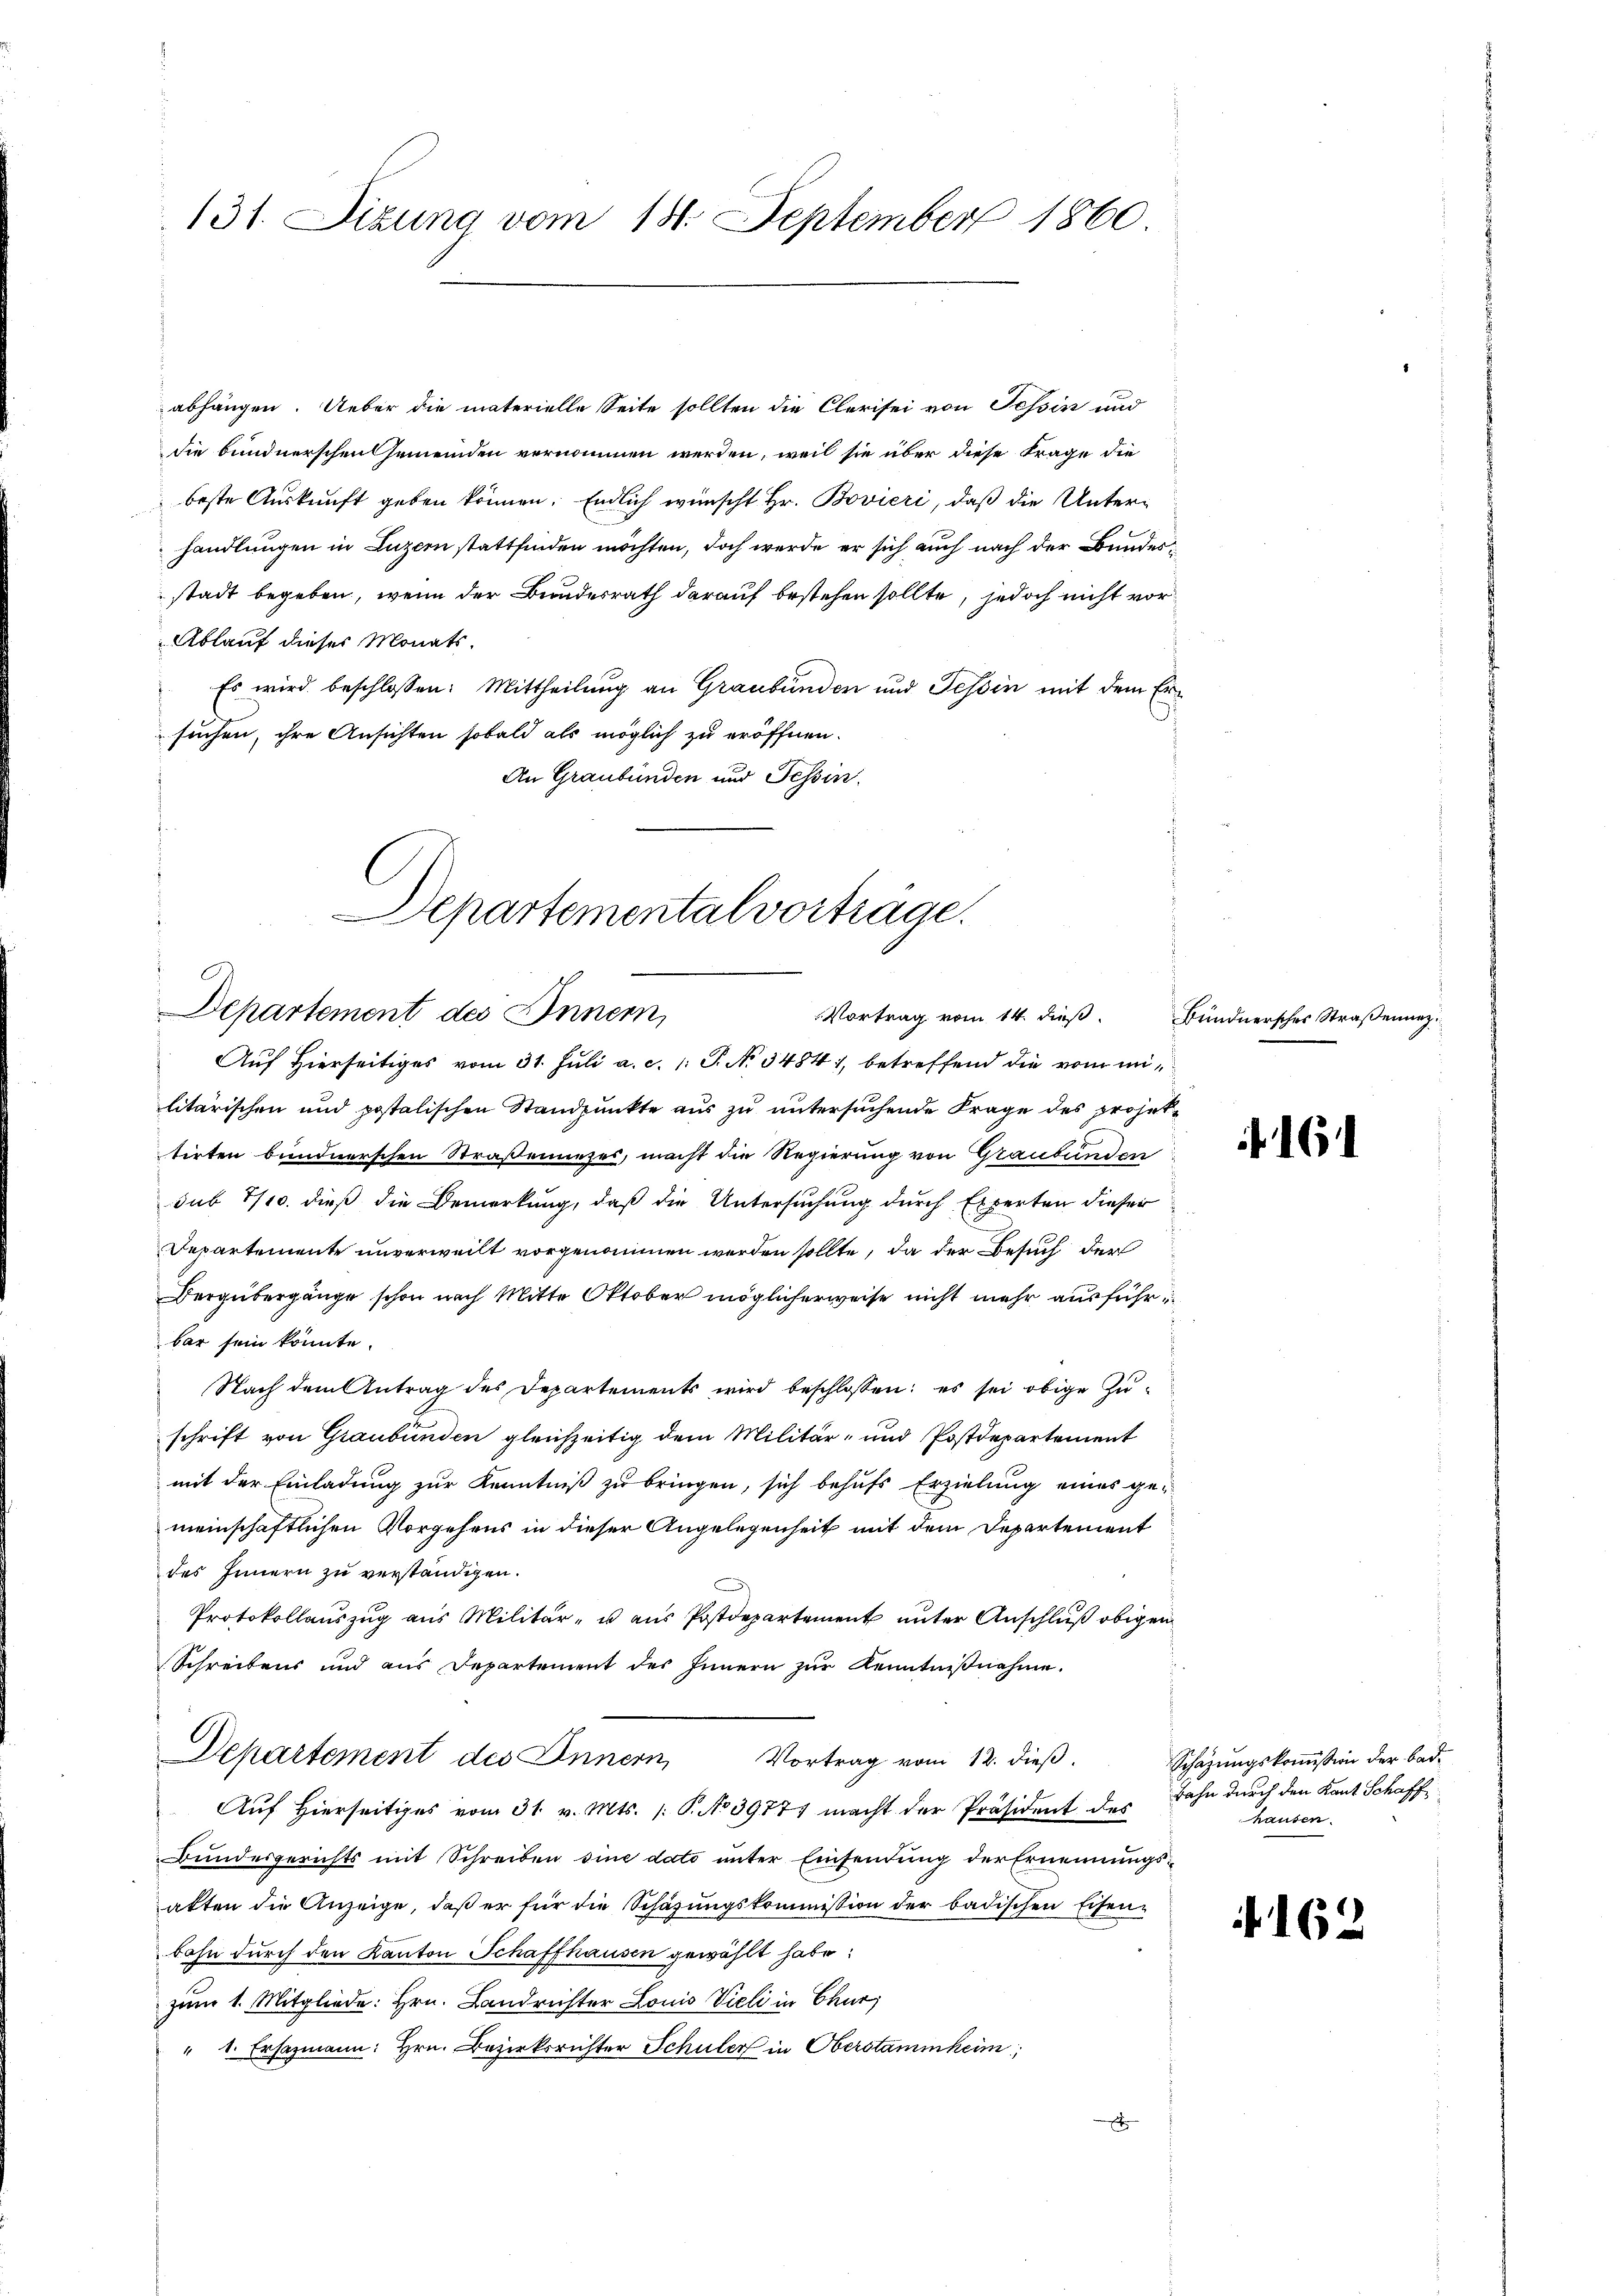
131. Sizung vom 18. September 1860

abhängen. Ueber die materielle Seite sollten die Clerisei von Tessin und
die bundnerschen Gemeinden vernommen werden, weil sie über diese Frage die
beste Auskunft geben können. Endlich wünscht Hr. Bovieri, daß die Unterhandlungen in Luzern stattfinden möchten, doch werde er sich auch nach der Bundesstadt begeben, wenn der Bundesrath darauf bestehen sollte, jedoch nicht vor¬
Ablauf dieser Monats¬
Es wird beschlossen: Mittheilung an Graubünden und Tessin mit dem Ersuchen, ihre Ansichten sobald als möglich zu eröffnen.
An Graubünden und Tessin.

Departementalvorträge.
Departement des Innern,
Vortrag vom 14. dieβ. Bündnersches Straßenanz

Auf Hierseitiges vom 31. Juli a. c. 1: P. No 34841, betreffend die vom militärischen und postalischen Standpunkte aus zu untersuchende Frage des projettirten bundnerschen Straßennezes, macht die Regierung von Graubünden
sub 7/10. dieß die Bemerkung, daß die Untersuchung durch Experten dieser
Departemente unverweilt vorgenommen werden sollte, da der Besuch der
Bergübergänge schon nach Mitte Oktober möglicherweise nicht mehr ausführbar sein könnte.
Nach dem Antrag des Departements wird beschlossen: es sei obige Zuschrift von Graubünden gleichzeitig dem Militär- und Postdepartement
mit der Einladung zur Kenntniß zu bringen, sich behufs Erzielung eines gemeinschaftlichen Vorgehens in dieser Angelegenheit mit dem Departement
des Innern zu verständigen.
Protokollauszug aus Militär- u aus Postdepartement unter Anschluß obigen
Schreibens und aus Departement des Innern zur Kenntnißnahme.
Departement des Innern, Vortrag vom 12. dieβ.
Auf Hierseitiges vom 31. v. Mts. /: P. No 39777 macht der Präsident des
Bundesgerichts mit Schreiben sine dato unter Einsendung der Ernennungsakten die Anzeige, daβ er für die Schäzŭngskommission der badischen Eisen-
bahn durch den Kanton Schaffhausen gewählt habe,
zum 1. Mitgliede: Hrn. Landrichter Louis Vieli in Chur,
" 1. Ersazmann: Hrn. Bezirksrichter Schuler in Oberstammheim;

16

Schazungskommission der Bad¬
Bahn durch den Kant Schaff
hausen.

162